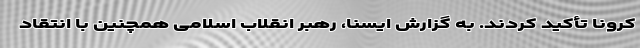
کرونا تأکید کردند. به گزارش ایسنا، رهبر انقلاب اسلامی همچنین با انتقاد